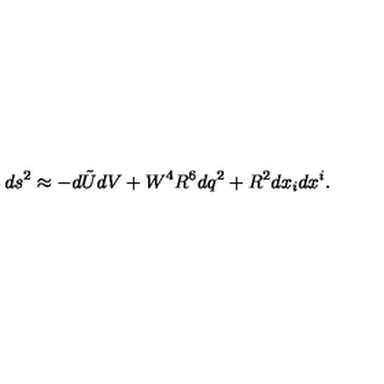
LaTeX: d s ^ { 2 } \approx - d \tilde { U } d V + W ^ { 4 } R ^ { 6 } d q ^ { 2 } + R ^ { 2 } d x _ { i } d x ^ { i } .